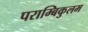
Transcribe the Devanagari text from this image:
पराम्बिकुलम